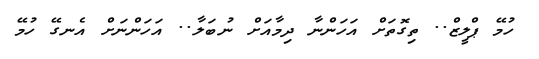
ހުމޭ ޕްލީޒް.. ތިގޮތަށް އަހަންނާ ދިމާއަށް ނުބަލާ.. އަހަންނަށް އެނގޭ ހުމޭ